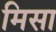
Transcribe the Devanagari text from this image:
मिसा